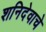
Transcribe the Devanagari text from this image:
शनिदेवाचे